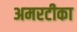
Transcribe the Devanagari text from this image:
अमरटीका